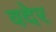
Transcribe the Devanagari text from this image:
वदेर